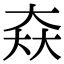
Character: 𡘙